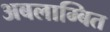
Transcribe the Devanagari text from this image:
अबलाम्बित